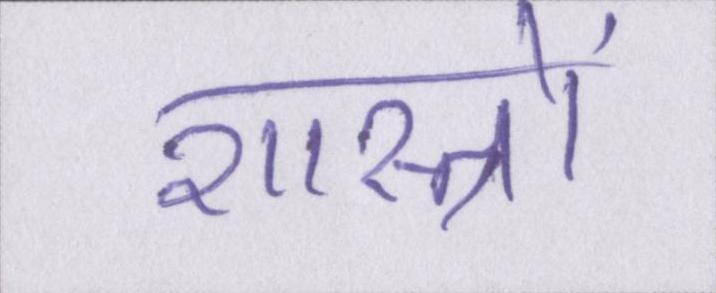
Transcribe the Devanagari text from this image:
शास्त्रों